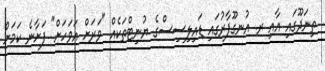
ތިނަދޫގައި އާއި ރ. އުނގޫފާރުގައި ޑައިލިސިސްގެ ޔުނިޓްތަކެއް "ވަރަށް އަވަހަށް" ފަށާނެ ކަމަށް